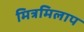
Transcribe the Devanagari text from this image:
मित्रमिलाप